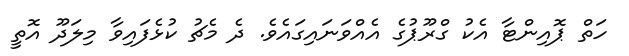
ހަތް ޕޮއިންޓާ އެކު ގްރޫޕުގެ އެއްވަނައިގައެވެ. ދެ މެޗު ކުޅެފައިވާ މިލަދޫ އޮތީ